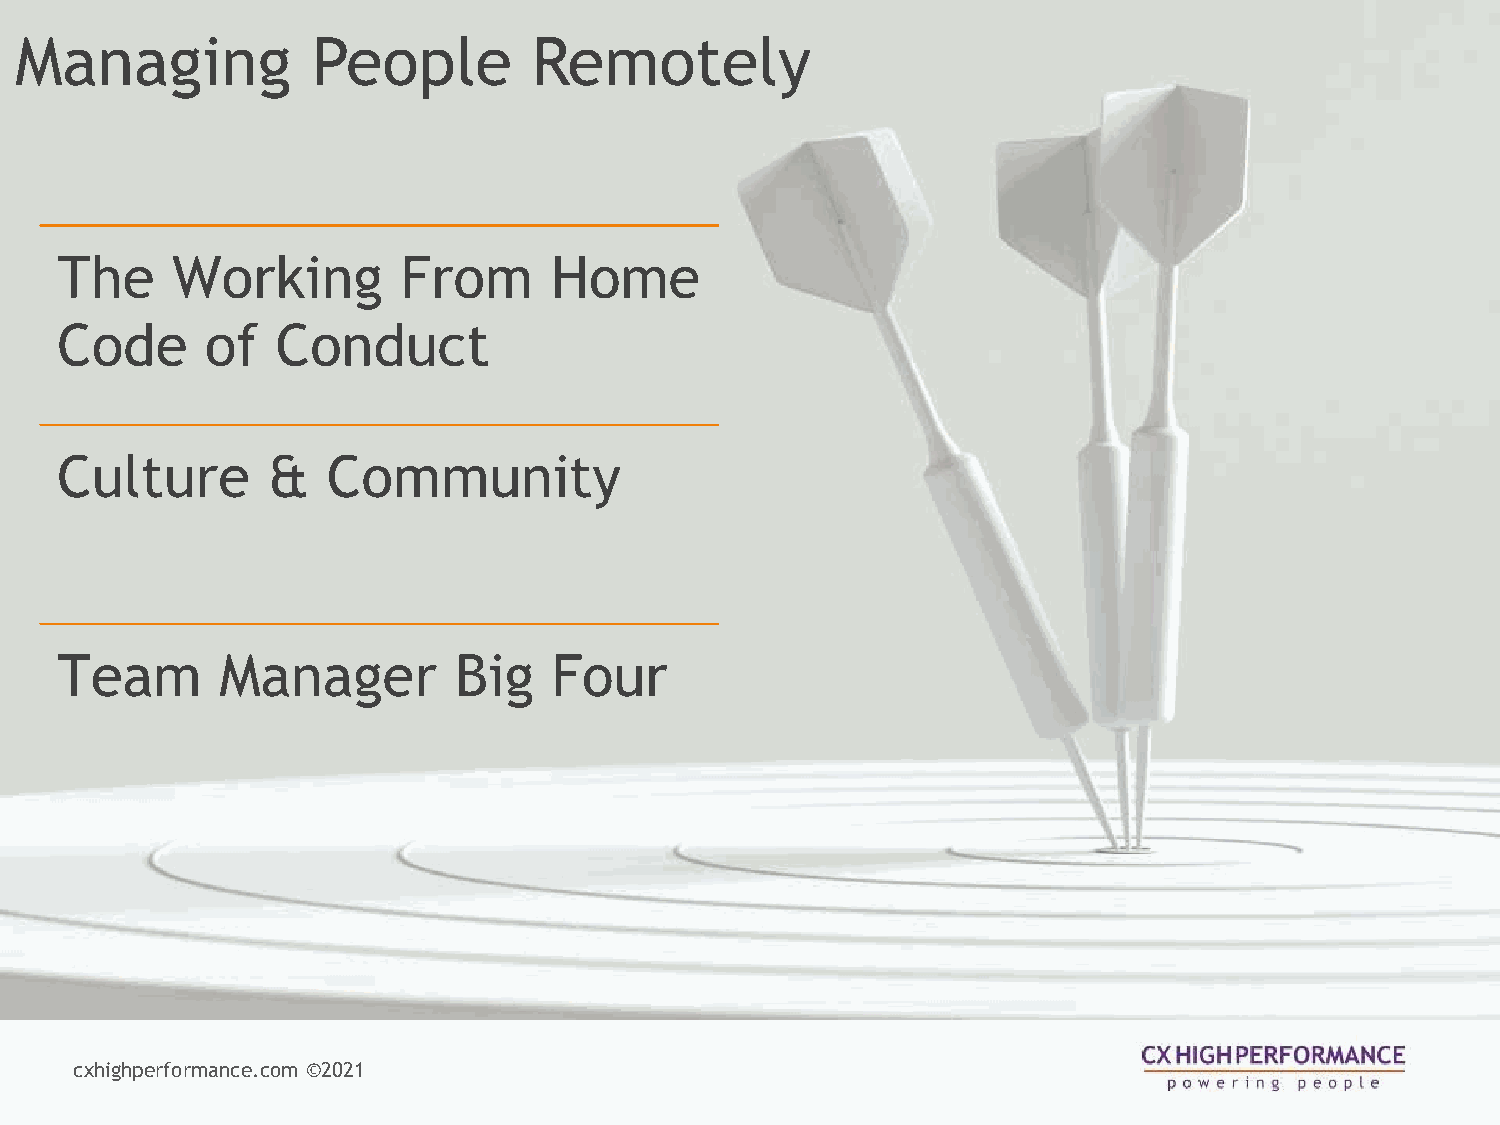
Managing            People        Remotely
 The    Working         From     Home
 Code      of  Conduct
 Culture       &   Community
 Team       Manager        Big    Four
 cxhighperformance.com ©️2021